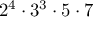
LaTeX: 2 ^ { 4 } \cdot 3 ^ { 3 } \cdot 5 \cdot 7